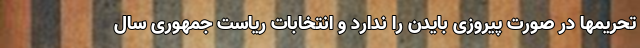
تحریمها در صورت پیروزی بایدن را ندارد و انتخابات ریاست جمهوری سال